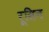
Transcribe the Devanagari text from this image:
रूसिन